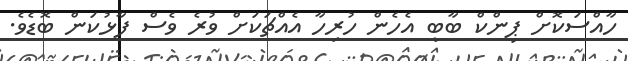
ހާއްސަކޮށް ޕިންކް ބާބީ އެހެން ހުރިހާ އެއްޗަކަށް ވުރެ ވެސް ފާޅުކަން ބޮޑެވެ.